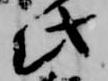
此